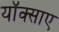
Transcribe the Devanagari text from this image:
यॉक्साए